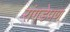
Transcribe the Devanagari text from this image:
रांगडेपण